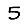
Digit: 5